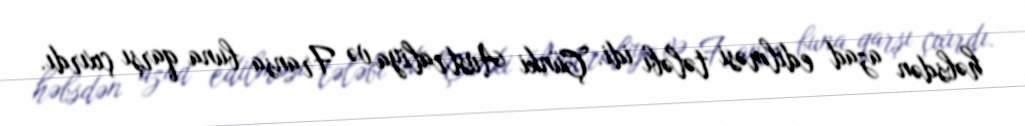
həbsdən azad edilməsi tələbi idi. Çünki Avstraliya və Fransa buna qarşı çıxırdı.